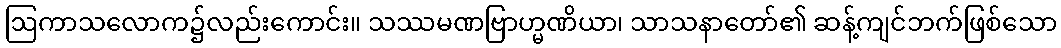
ဩကာသလောက၌လည်းကောင်း။ သဿမဏဗြာဟ္မဏိယာ၊ သာသနာတော်၏ ဆန့်ကျင်ဘက်ဖြစ်သော